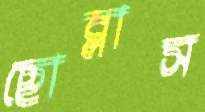
ছোব্‌লাস